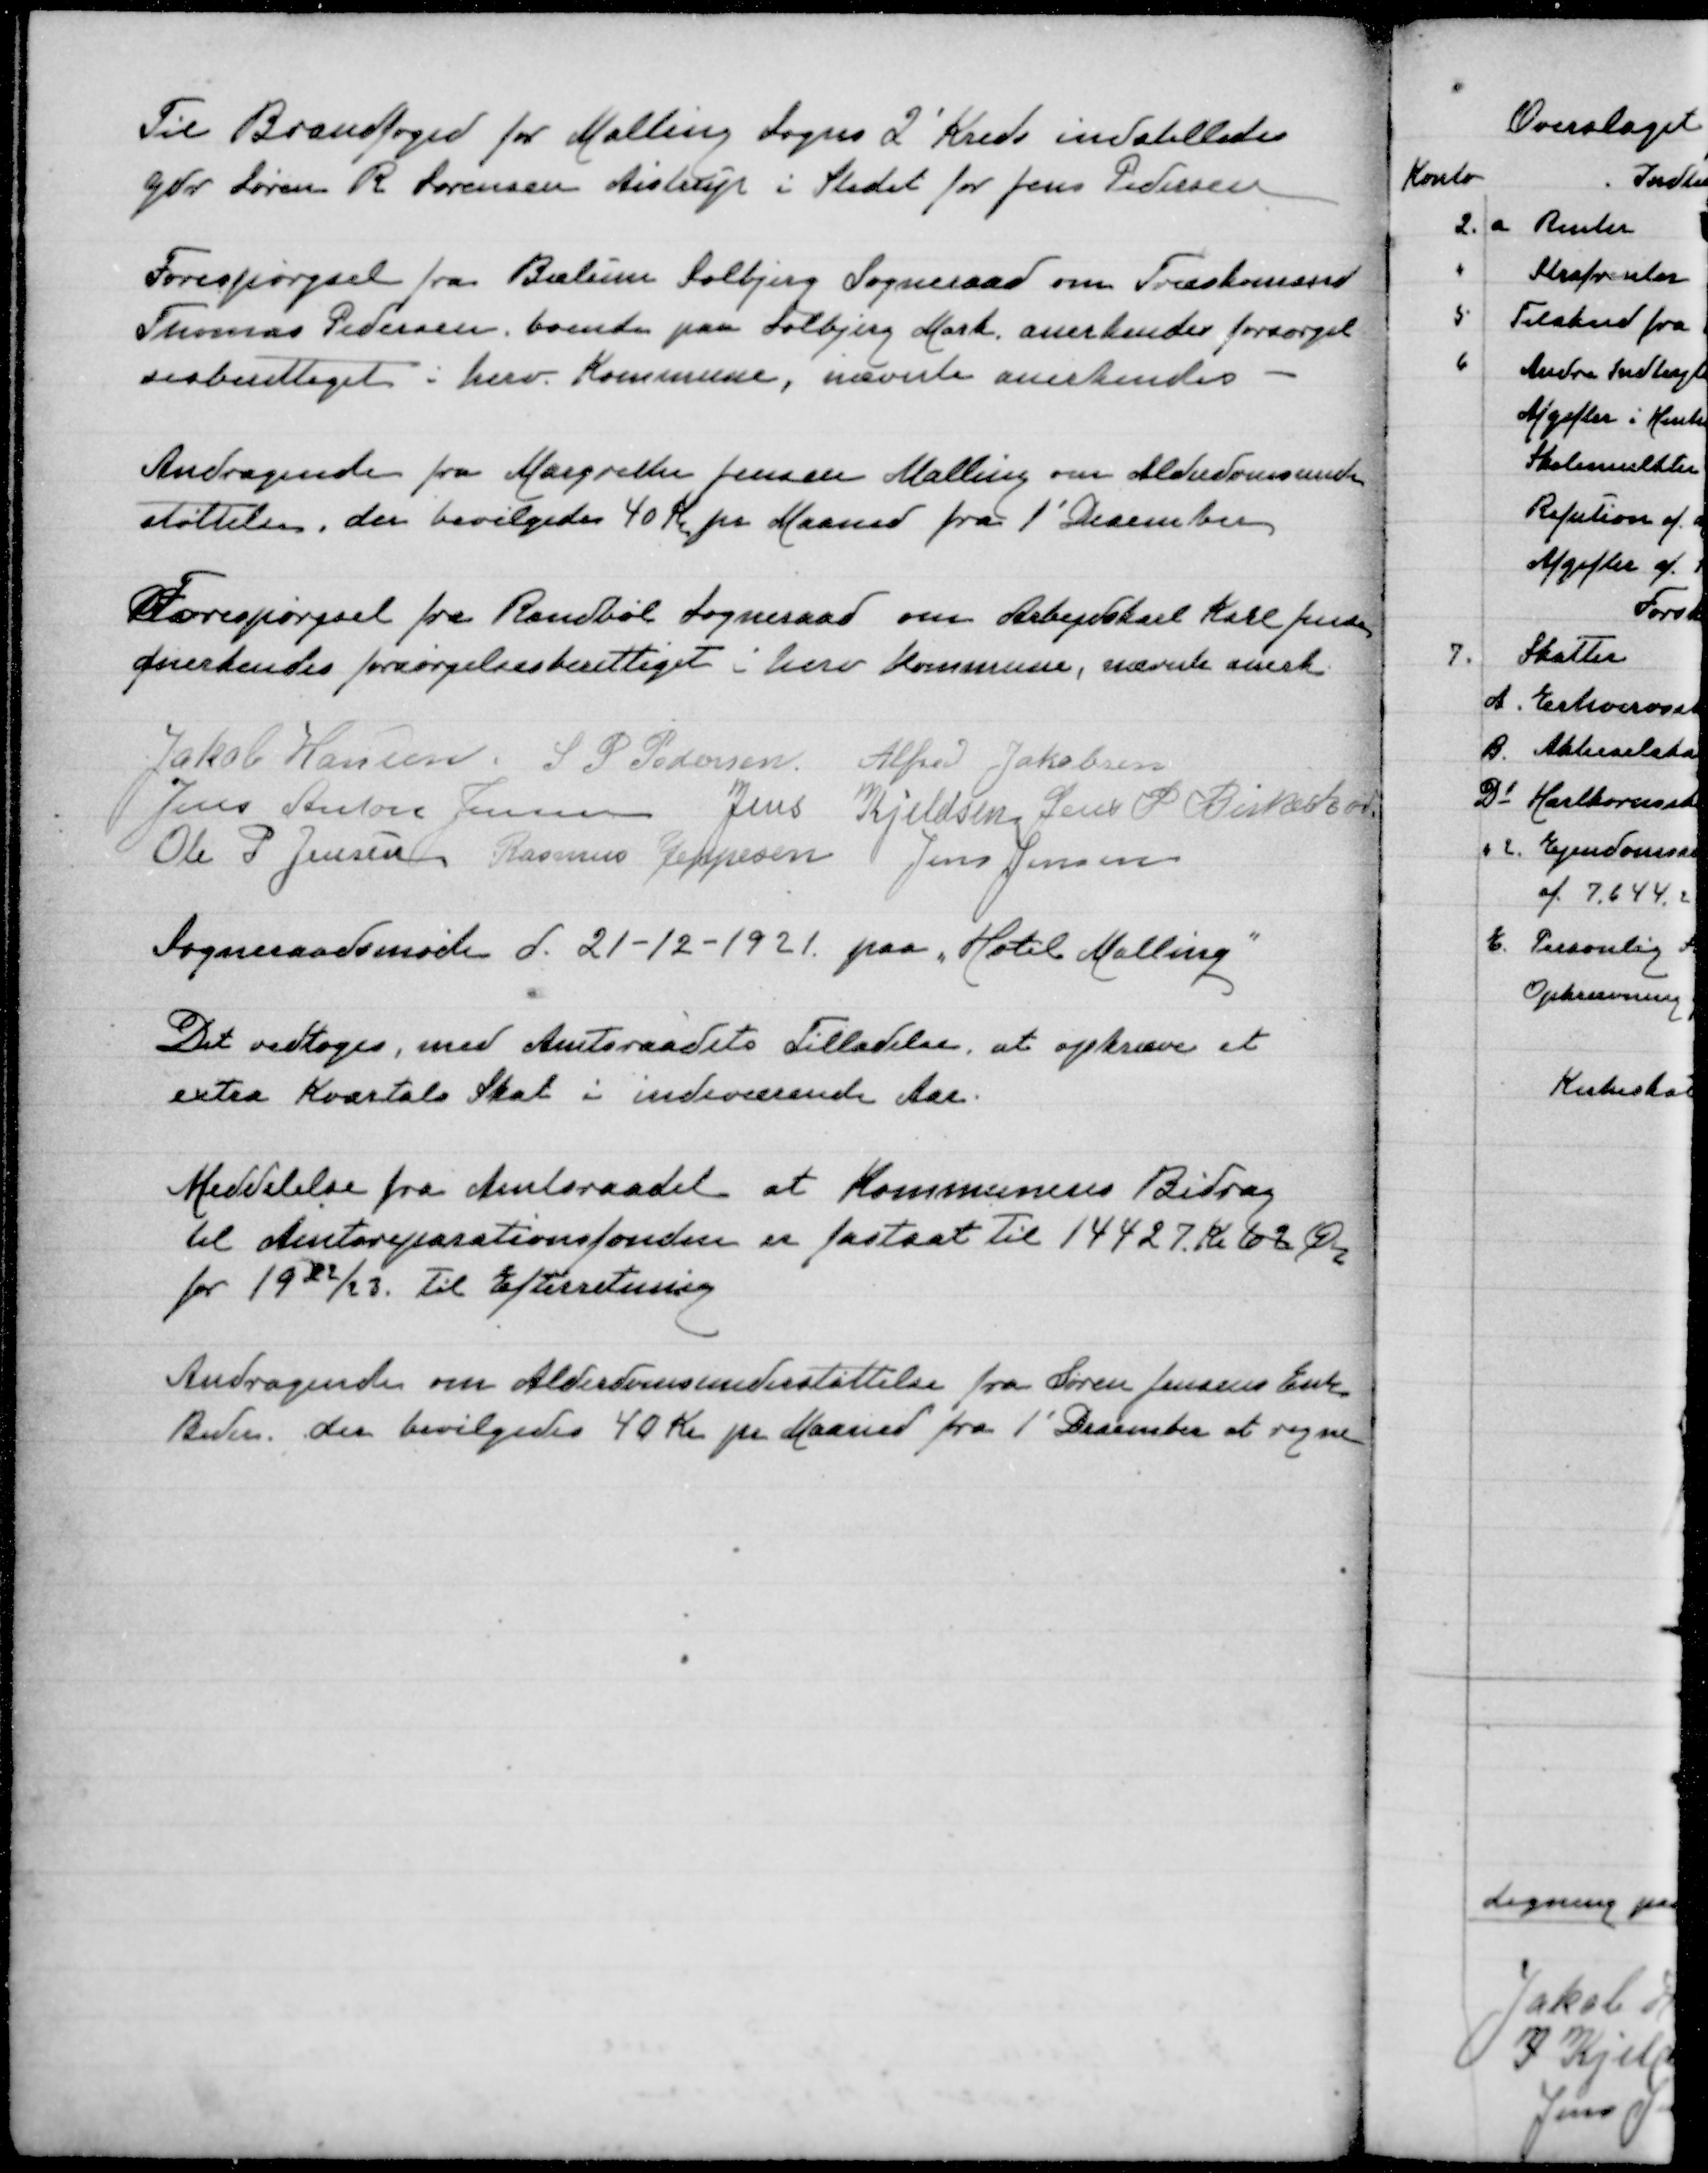
Transskription:
Til Brandfoged for Malling Sogns 2' Kreds indstilledes
Gdr Søren R Sørensen Aistrup i Stedet for Jens Pedersen

Forespørgsel fra Bælum Solbjerg Sogneraad om Træskomand
Thomas Pedersen boende paa Solbjerg Mark anerkendes forsørgel
sesberettiget i herv Kommune, nævnte anerkendes

Andragende fra Margrethe Jensen Malling om Alderdomsunder
støttelse, der bevilgedes 40 Kr pr Maaned fra 1' December

Forespørgsel fra Randbøl Sogneraad om Arbejdskarl Karl Jensen
anerkendes forsørgelsesberettiget i herv Kommune, nævnte anerk

Jakob Hansen
S P Pedersen
Alfred Jakobsen
Jens Anton Jensen
Jens Kjeldsen
Søren P Birkeskov
Ole P Jensen
Rasmus Jeppesen
Jens Jensen

Sogneraadsmøde d 21-12-1921

Det vedtoges, med Amtsraadets Tilladelse, at opkræve et
extra Kvartals Skat i indeværende Aar

Meddelelse fra Amtsraadet at Kommunens Bidrag
til Amtsreparationsfonden er fastsat til 14427 Kr 62 Øre
for 1922/23. Til Efterretning

Andragende om Alderdomsunderstøttelse fra Søren Jensens Enke
Beder, der bevilgedes 40 Kr pr Maaned fra 1' December at regne